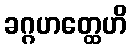
ခဂ္ဂဟတ္ထေဟိ